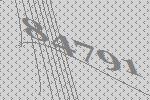
84791